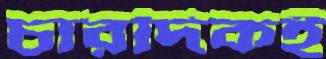
চারদিকই